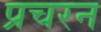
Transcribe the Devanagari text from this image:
प्रचरन